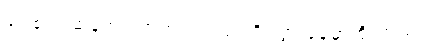
ခင်ဗျား ဆန့်ကျင်ဘက် လားရာကို သွားနေမှာ စိုးတယ်။